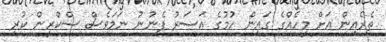
ތެރެއިން އަށް މީހެއްގެ ގައިން ހުމުގެ އަސަރު ފެނުނު ނަމަވެސް ސްކްރީން ކުރި